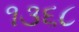
૧૩૬૮